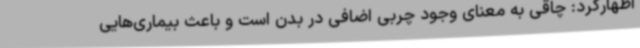
اظهارکرد: چاقی به معنای وجود چربی اضافی در بدن است و باعث بیماری‌هایی